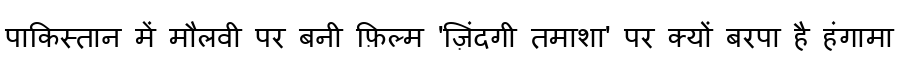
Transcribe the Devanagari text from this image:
पाकिस्तान में मौलवी पर बनी फ़िल्म 'ज़िंदगी तमाशा' पर क्यों बरपा है हंगामा